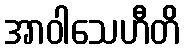
အာဝါသေဟီတိ